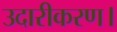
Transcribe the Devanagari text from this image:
उदारीकरण।